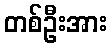
တစ်ဦးအား